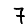
Digit: 7